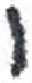
אות: כ